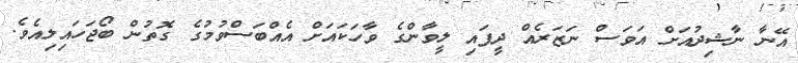
އޭނާ ނާޝިދުއަށް އަވަސް ނަޒަރެއް ދީފައި ލީވާންގެ ވާހަކައަށް އެއްބަސްވުމުގެ ގޮތުން ބޯޖަހައިލިއެވެ.